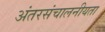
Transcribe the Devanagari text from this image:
अंतरसंचालनीयता